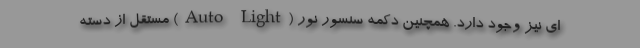
ای نیز وجود دارد. همچنین دکمه سنسور نور (Auto Light) مستقل از دسته